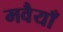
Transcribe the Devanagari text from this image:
मवैयाँ